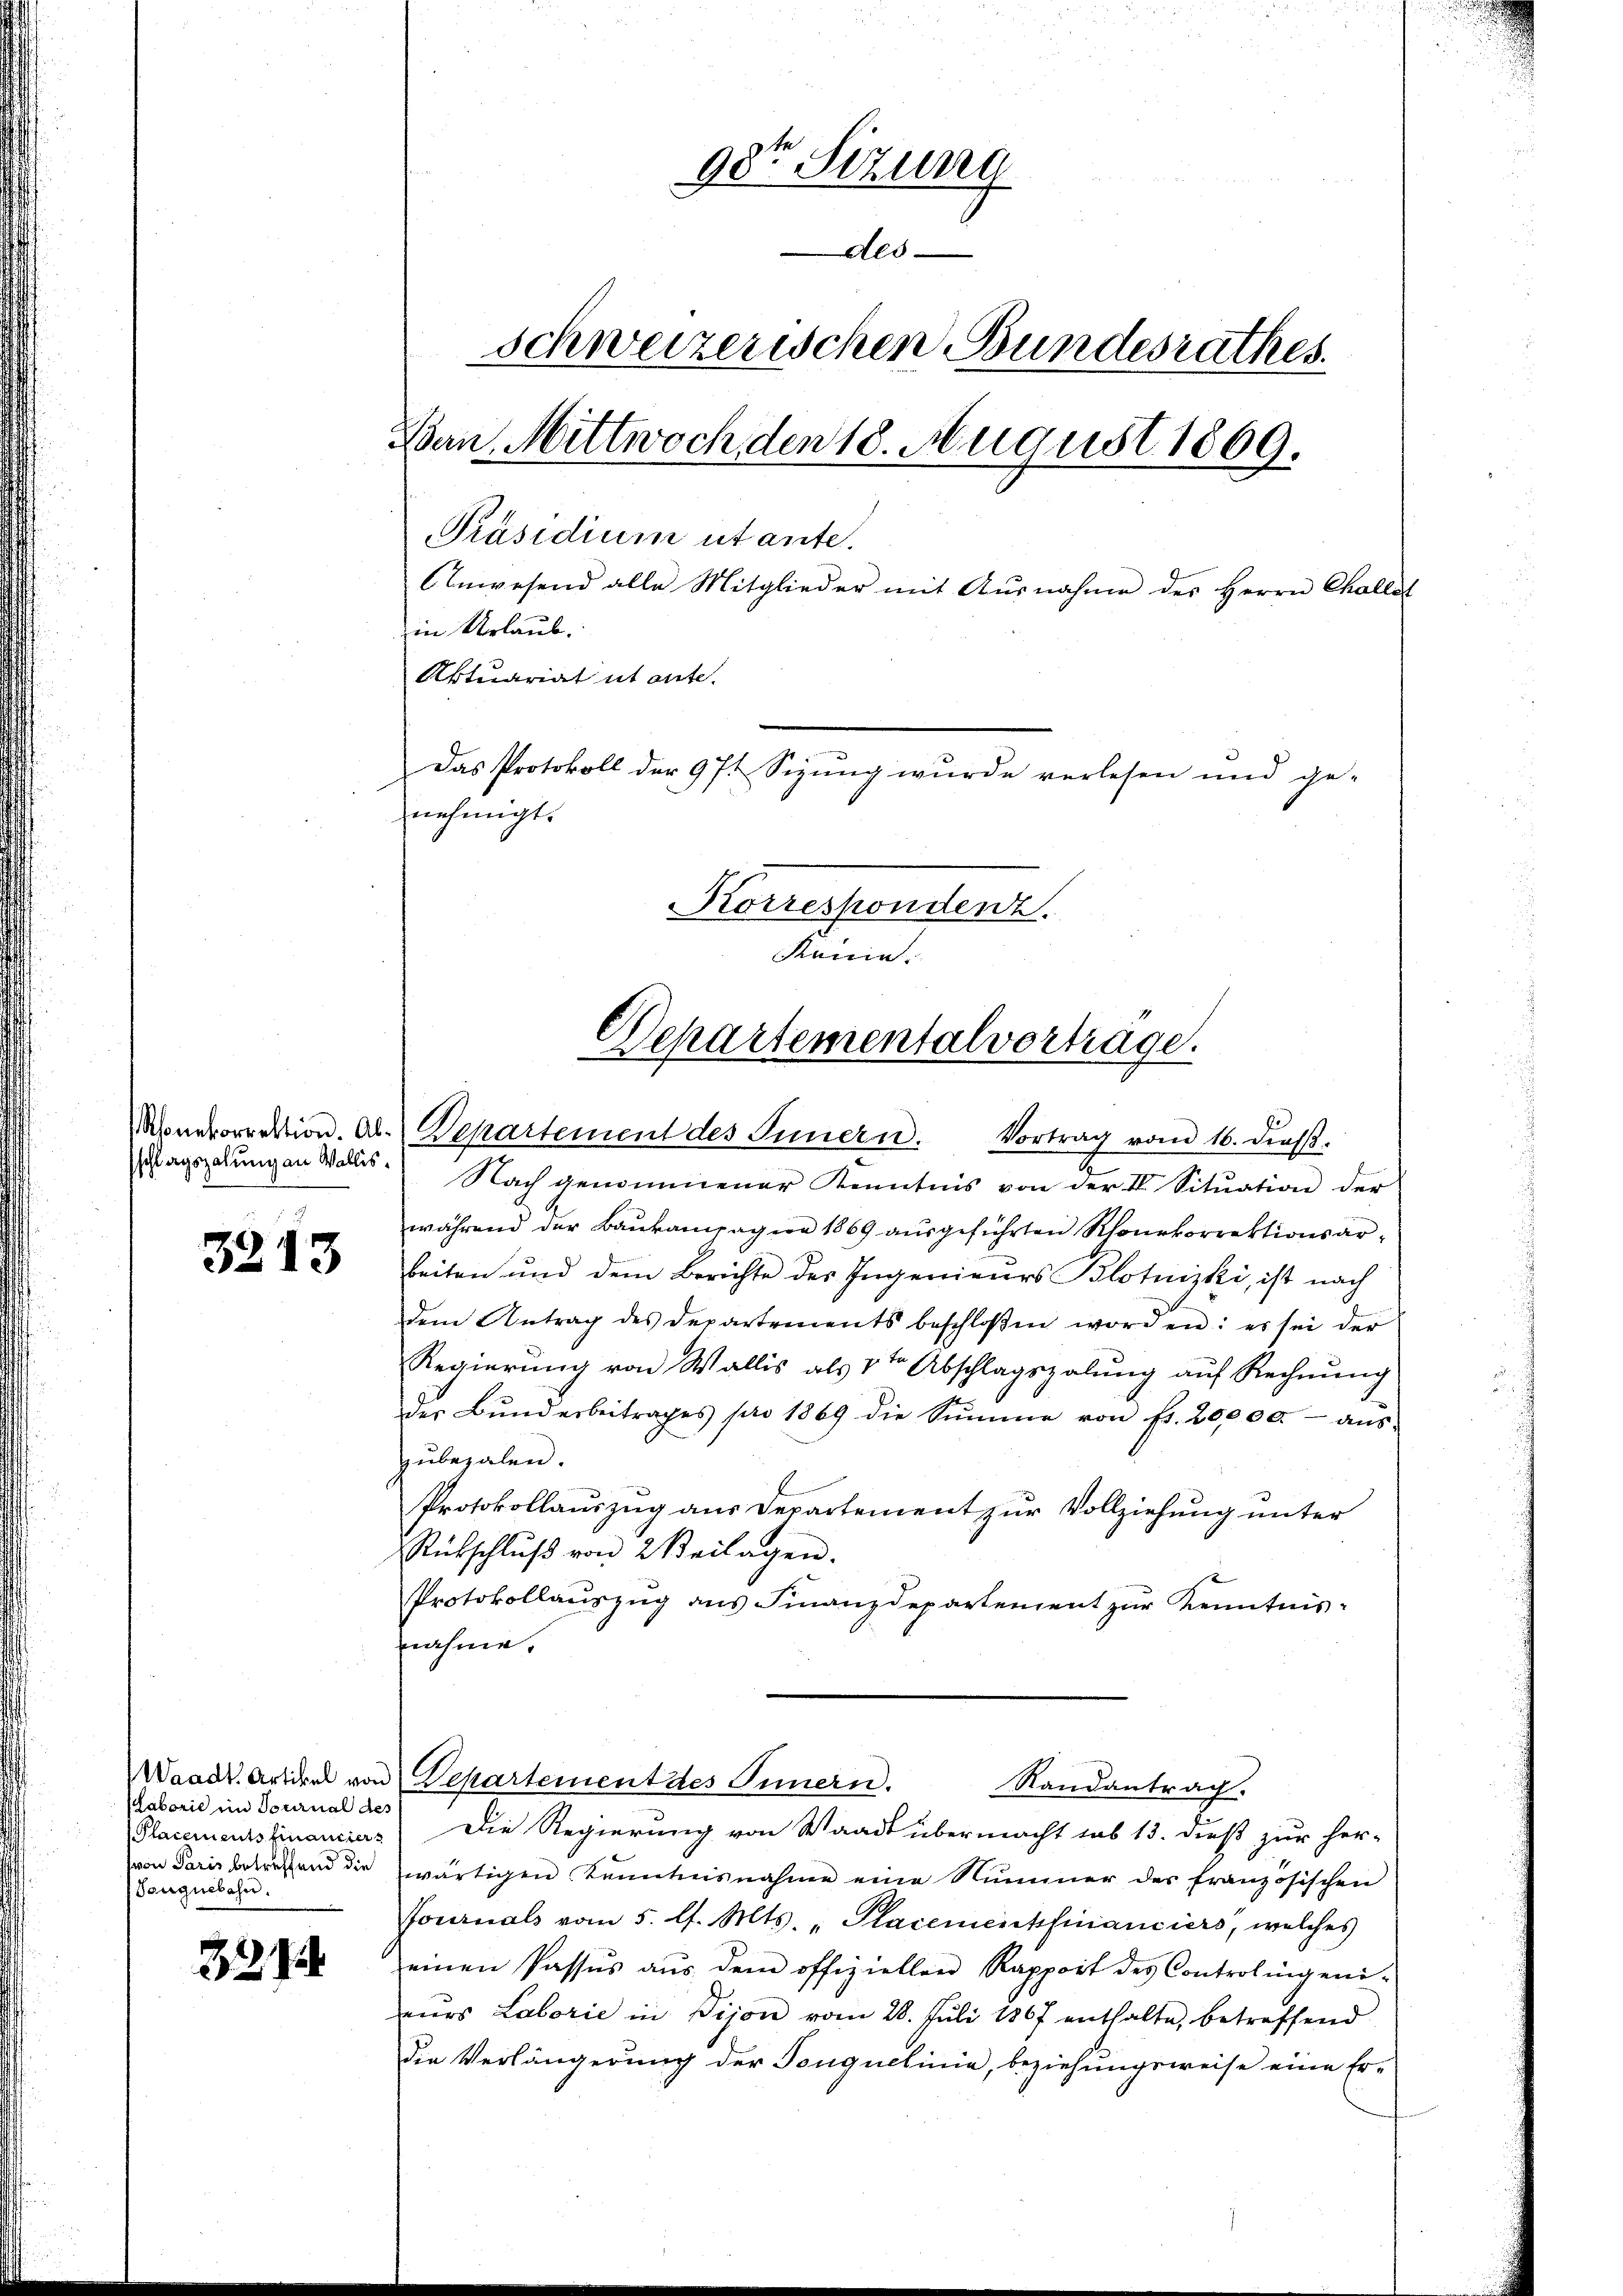
sschlagszahung an Wallis.

3213

Maborie im Tournal des
Tonguebahn.

3212.

98te Sizung
Als
schweizerischen Bundesrathes.
Ban, Mittwoch den 18. August 1869.
Präsidium utante.
Anwesend alle Mitglieder mit Ausnahme des Herrn Challel
in Urlaub.
Aktuariat ut ante.
Das Protokoll der 97t Sizung wurde verlesen und ge-
nehmigt.
Korresponstenz.
Rennen.

Nach genommener Kenntnis von der I. Sitŭation der
während der Baŭkampagner 1869 aŭsgeführten Rhourkorrektionsar-
beiten und dem Berichte des Ingenieurs Blotnizki, ist nach
dem Antrag des Departements beschloßen worden: es sei der
Regierung von Wallis als 1ten Abschlagszalung auf Rechnung
der Bŭndesbeitrages pro 1869 die Summe von fr. 20,000.- aŭs-
zubezalen.
Protokollauszug aus Departement zur Vollziehung unter
Rückschlŭβ von 2 Beilagen.
Protokollaŭszŭg ans Finanzdepartement zŭr Kenntnis:
nahme.
Waadt, Artikel von Departement des Innern.
Randantrag.
Placementsfinanciers Die Regierung von Waadt übermacht sub 13. dieß zur her-
von Paris betreffend die zwärtigen Kenntnisnahme eine Nummer der französischen
Fournals vom 5. l. Mts. "Placementsfinanciers, welches
einen Passus aŭs dem offiziellen Rapport des Controlingeni-
eŭrs Laborie in Vijon vom 28. Juli 1867 enthalte, betreffend
die Verlängerung der Tonguelinie, beziehungsweise eine Er-

Departementalverträge.
onetorrektion. Ab. Departement des Innern. Vortrag vom 16. dieβ.

9